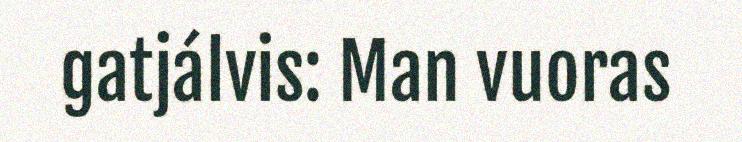
gatjálvis: Man vuoras